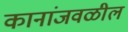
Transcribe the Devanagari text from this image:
कानांजवळील